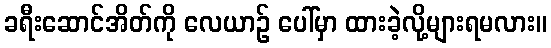
ခရီးဆောင်အိတ်ကို လေယာဉ် ပေါ်မှာ ထားခဲ့လို့များရမလား။